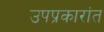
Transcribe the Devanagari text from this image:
उपप्रकारांत